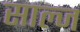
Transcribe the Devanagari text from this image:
साल्ज